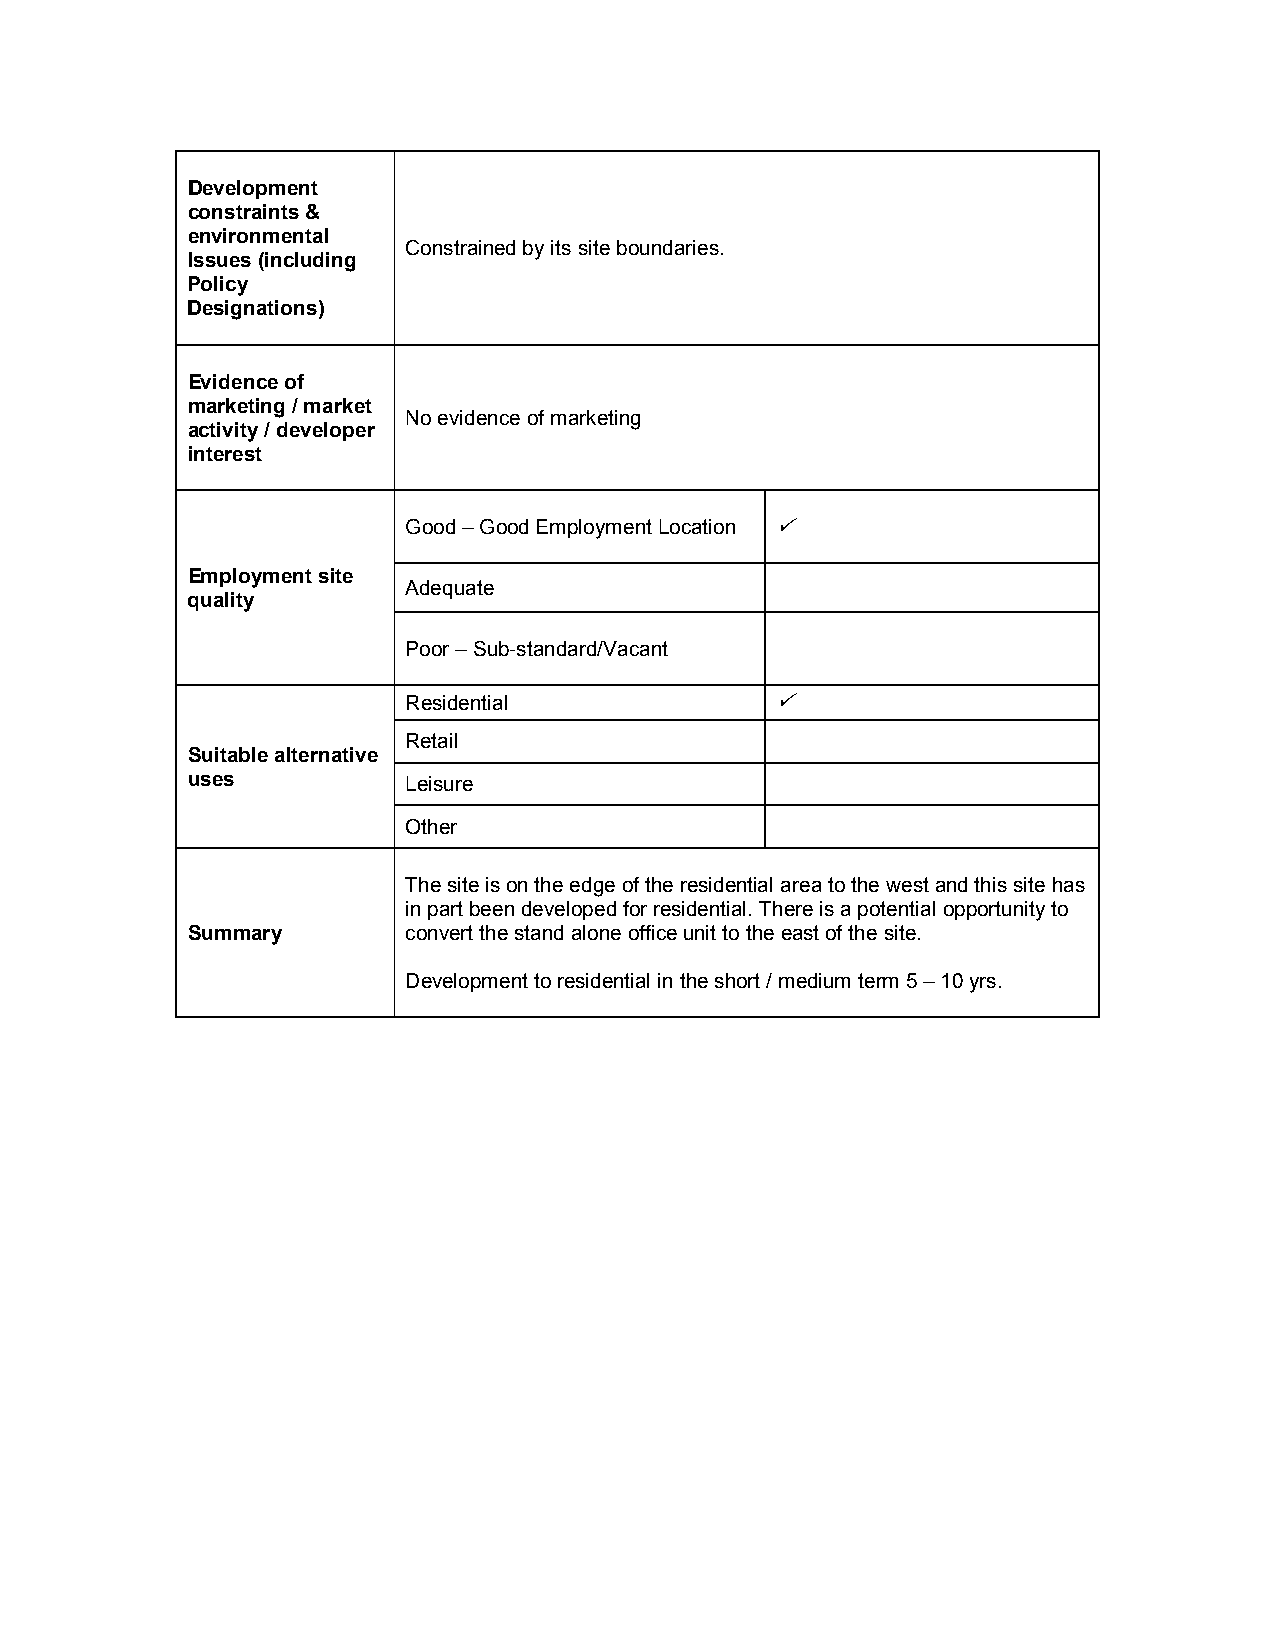
Development
 constraints &
 environmental
 Constrained by its site boundaries.
 Issues (including
 Policy
 Designations)
 Evidence of
 marketing / market
 No evidence of marketing
 activity / developer
 interest
 Good – Good Employment Location 
 Employment site
 Adequate
 quality
 Poor – Sub-standard/Vacant
 Residential             
 Retail
 Suitable alternative
 uses           Leisure
 Other
 The site is on the edge of the residential area to the west and this site has
 in part been developed for residential. There is a potential opportunity to
 Summary        convert the stand alone office unit to the east of the site.
 Development to residential in the short / medium term 5 – 10 yrs.